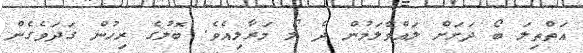
އަތްތިލަ ބޯ ދަށަށް ލައްވާލަމުން ދެ ލޯ މަރާލިއެވެ. ބޮލުގެ ރިހުން ގަދަވެގެން